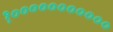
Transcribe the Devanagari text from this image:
१०००००००००००